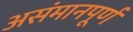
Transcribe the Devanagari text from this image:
असंमानपूर्ण